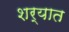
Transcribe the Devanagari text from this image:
शर्यात